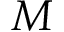
M